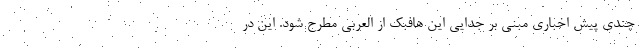
چندی پیش اخباری مبنی بر جدایی این هافبک از العربی مطرح شود. این در